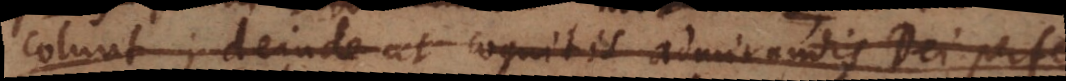
colunt; deinde ut cognitis admirandis Dei perfec